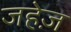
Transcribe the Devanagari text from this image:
जहेज़